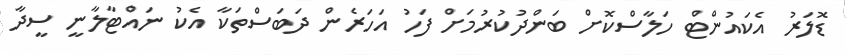
ޑޮލަރު އެކައުންޓް ހަލާސްކޮށް ބަންދުކުރުމަށް ފަހު އަހަރެން ދަބަސްތަކާ އެކު ނައްޓާލާނީ ސީދާ